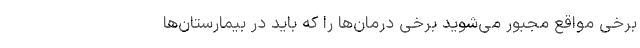
برخی مواقع مجبور می‌شوید برخی درمان‌ها را که باید در بیمارستان‌ها